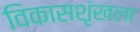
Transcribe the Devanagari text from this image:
विकासशृंखला